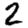
Digit: 2